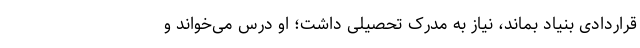
قراردادی بنیاد بماند، نیاز به مدرک تحصیلی داشت؛ او درس می‌خواند و